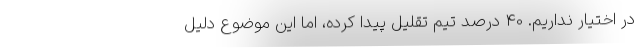
در اختیار نداریم. 40 درصد تیم تقلیل پیدا کرده، اما این موضوع دلیل